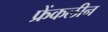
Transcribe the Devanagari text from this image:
फ्रेंकलीन